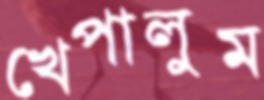
খেপালুম